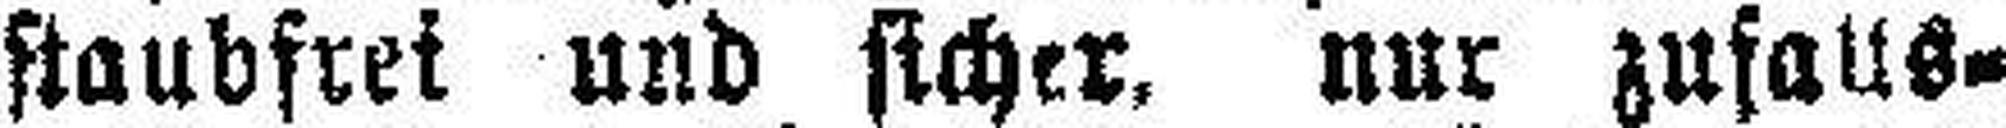
staubfrei und sicher, nur zufalts¬